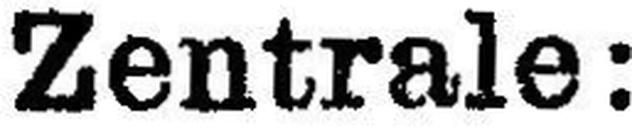
Zentrale: